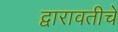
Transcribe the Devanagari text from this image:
द्वारावतीचे